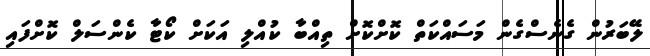
ލޭބަރުން ގެނެސްގެން މަސައްކަތް ކޮށްކޮށް ތިއްބާ ކުއްލި އަކަށް ކޯޓާ ކެންސަލް ކޮށްފައި